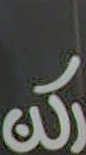
وان